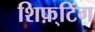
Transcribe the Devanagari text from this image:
शिफ़्टिंग